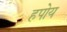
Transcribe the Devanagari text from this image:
हपोय